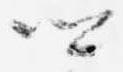
卿